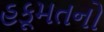
હકૂમતનો